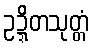
ဥဍ္ဍိတသုတ္တံ